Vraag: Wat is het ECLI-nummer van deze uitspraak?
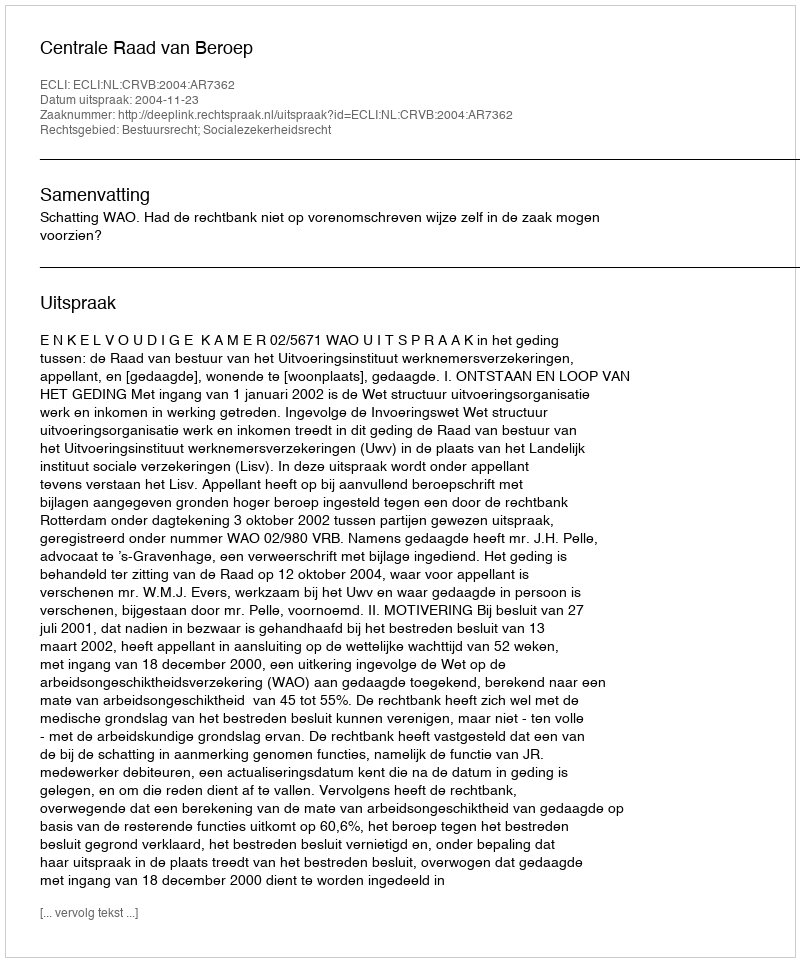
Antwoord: ECLI:NL:CRVB:2004:AR7362